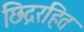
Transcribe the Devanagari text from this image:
छिद्ररहित